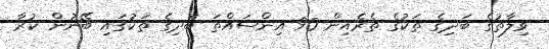
ވިލާތުގެ ބަދިގެ ތަކުގެ ތެރެއިން 90 އިންސައްތަ ބަދިގެ ތަކުގައި ބޭނުން ކުރާ